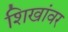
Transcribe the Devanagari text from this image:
शिखांवर